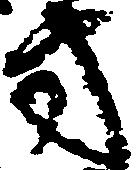
方